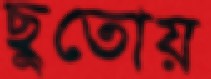
ছুতোয়